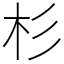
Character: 杉